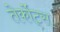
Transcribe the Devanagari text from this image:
तेर्कोट्स